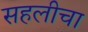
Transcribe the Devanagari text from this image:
सहलीचा